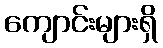
ကျောင်းများရှိ